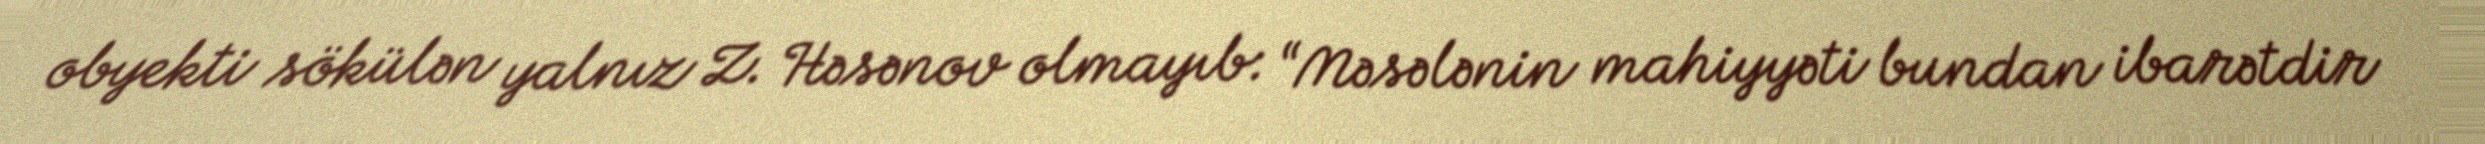
obyekti sökülən yalnız Z. Həsənov olmayıb: “Məsələnin mahiyyəti bundan ibarətdir